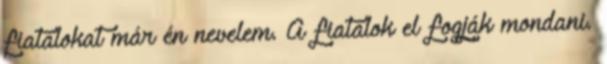
fiatalokat már én nevelem. A fiatalok el fogják mondani.